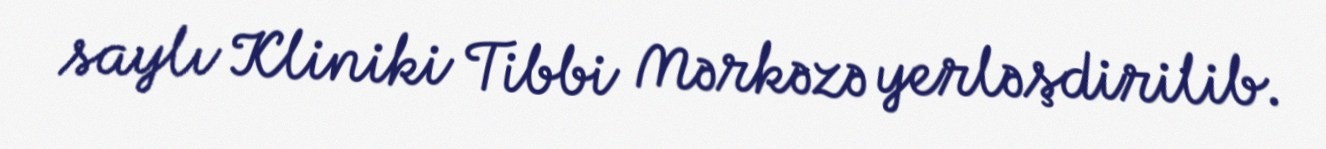
saylı Kliniki Tibbi Mərkəzə yerləşdirilib.